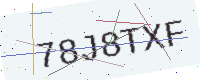
Text: 78J8TXF